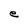
Character: e